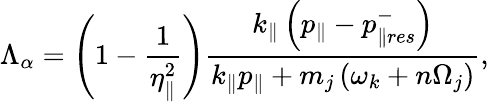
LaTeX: \Lambda_{\alpha}=\left(1-\frac{1}{\eta_{\parallel}^{2}}\right)\frac{k_{\parallel}\left(p_{\parallel}-p_{\parallel res}^{-}\right)}{k_{\parallel}p_{\parallel}+m_{j}\left(\omega_{k}+n\Omega_{j}\right)},